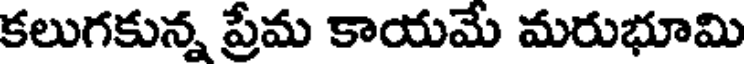
కలుగకున్న ప్రేమ కాయమే మరుభూమి